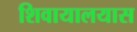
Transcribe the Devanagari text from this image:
शिवायालयास